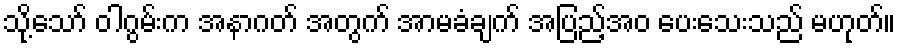
သို့သော် ဝါဂွမ်းက အနာဂတ် အတွက် အာမခံချက် အပြည့်အဝ ပေးသေးသည် မဟုတ်။